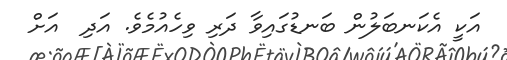
އަކީ އެކަނބަލުން ބަނޑުގައިވާ ދަރި ވިހެއުމެވެ. އަދި  އަށް